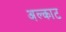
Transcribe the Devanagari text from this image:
अल्काट